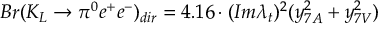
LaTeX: B r ( K _ { L } \to \pi ^ { 0 } e ^ { + } e ^ { - } ) _ { d i r } = 4 . 1 6 \cdot ( I m \lambda _ { t } ) ^ { 2 } ( y _ { 7 A } ^ { 2 } + y _ { 7 V } ^ { 2 } )